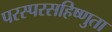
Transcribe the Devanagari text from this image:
परस्परसहिष्णुता